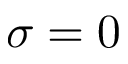
\sigma = 0